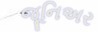
જૂનિઅર